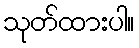
သုတ်ထားပါ။